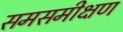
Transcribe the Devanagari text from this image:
समसमीक्षण